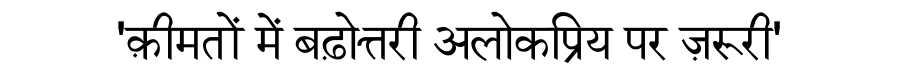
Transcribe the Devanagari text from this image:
'क़ीमतों में बढ़ोत्तरी अलोकप्रिय पर ज़रूरी'